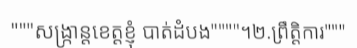
"""សង្ក្រាន្តខេត្តខ្ញុំ បាត់ដំបង""""។២.ព្រឹត្តិការ"""